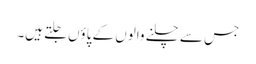
جس سے چلنے والوں کے پاؤں جلتے ہیں۔